Insane asylums in Bengal annual reports 1867-1875 - 1867-1875
Year: 1867
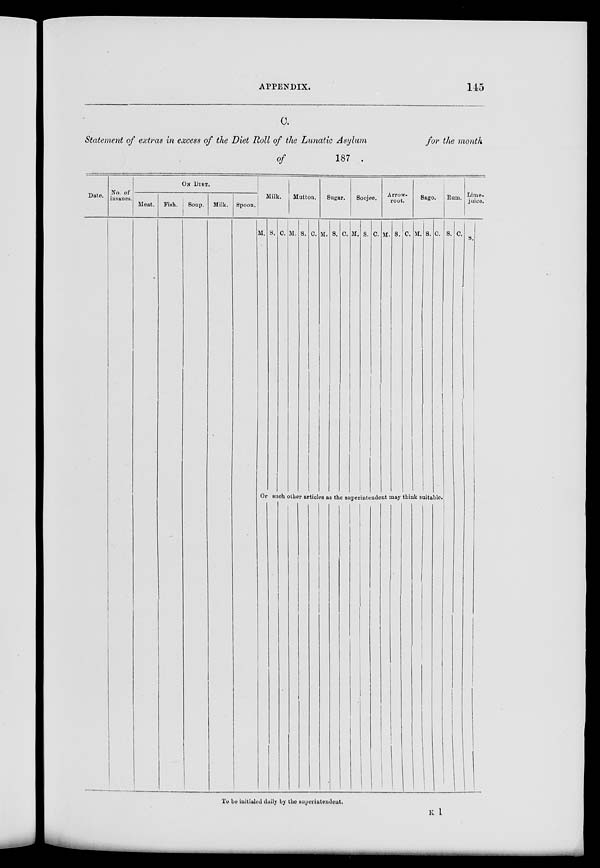
APPENDIX.
145
C.
Statement of extras in excess of the Diet Roll of the Lunatic Asylum
for the month
of
187 .
Date. No. of
insanes.
ON DIET.
Meat.
Fish.
Soup. Milk. Spoon.
Milk.
M. S. C.
Mutton.
M. S. C.
Sugar.
M. S. C.
Soojee.
M. S. C.
Arrow-
root.
M. S. C.
Sago.
M. S. C.
Or such other articles as the superintendent may think suitable.
Rum.
S. C.
Lime-
juice.
S.
To be initiated daily by the superintendent.
K 1